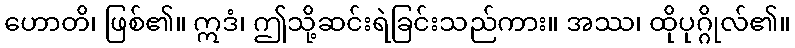
ဟောတိ၊ ဖြစ်၏။ ဣဒံ၊ ဤသို့ဆင်းရဲခြင်းသည်ကား။ အဿ၊ ထိုပုဂ္ဂိုလ်၏။